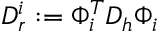
D _ { r } ^ { i } : = \Phi _ { i } ^ { T } D _ { h } \Phi _ { i }